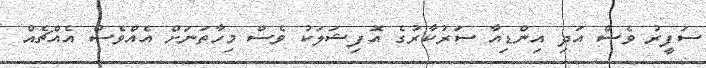
ސަފީރު ވެސް އަދި އިންޑިއާ ސަރުކާރުގެ އޮފިޝަލަކު ވެސް މިހާތަނަށް އެއްވެސް އެއްޗެއް